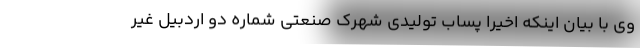
وی با بیان اینکه اخیرا پساب تولیدی شهرک صنعتی شماره دو اردبیل غیر